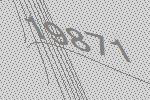
19871